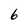
Character: 6